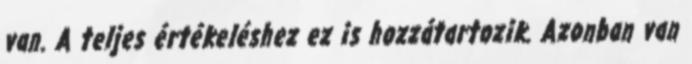
van. A teljes értékeléshez ez is hozzátartozik. Azonban van